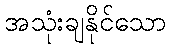
အသုံးချနိုင်သော